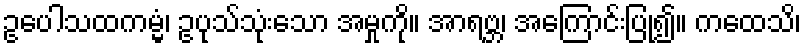
ဥပေါသထကမ္မံ၊ ဥပုသ်သုံးသော အမှုကို။ အာရဗ္ဘ၊ အကြောင်းပြု၍။ ကထေသိ၊